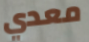
معدي